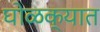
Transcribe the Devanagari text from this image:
घोळक्यात